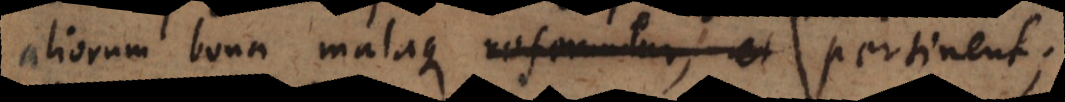
aliorum bona malaque referuntur, et pertinent;